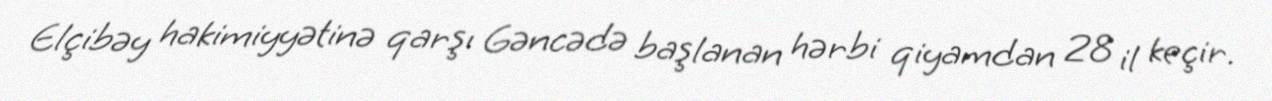
Elçibəy hakimiyyətinə qarşı Gəncədə başlanan hərbi qiyamdan 28 il keçir.